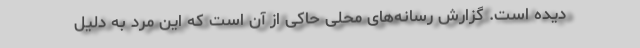
دیده است. گزارش رسانه‌های محلی حاکی از آن است که این مرد به دلیل